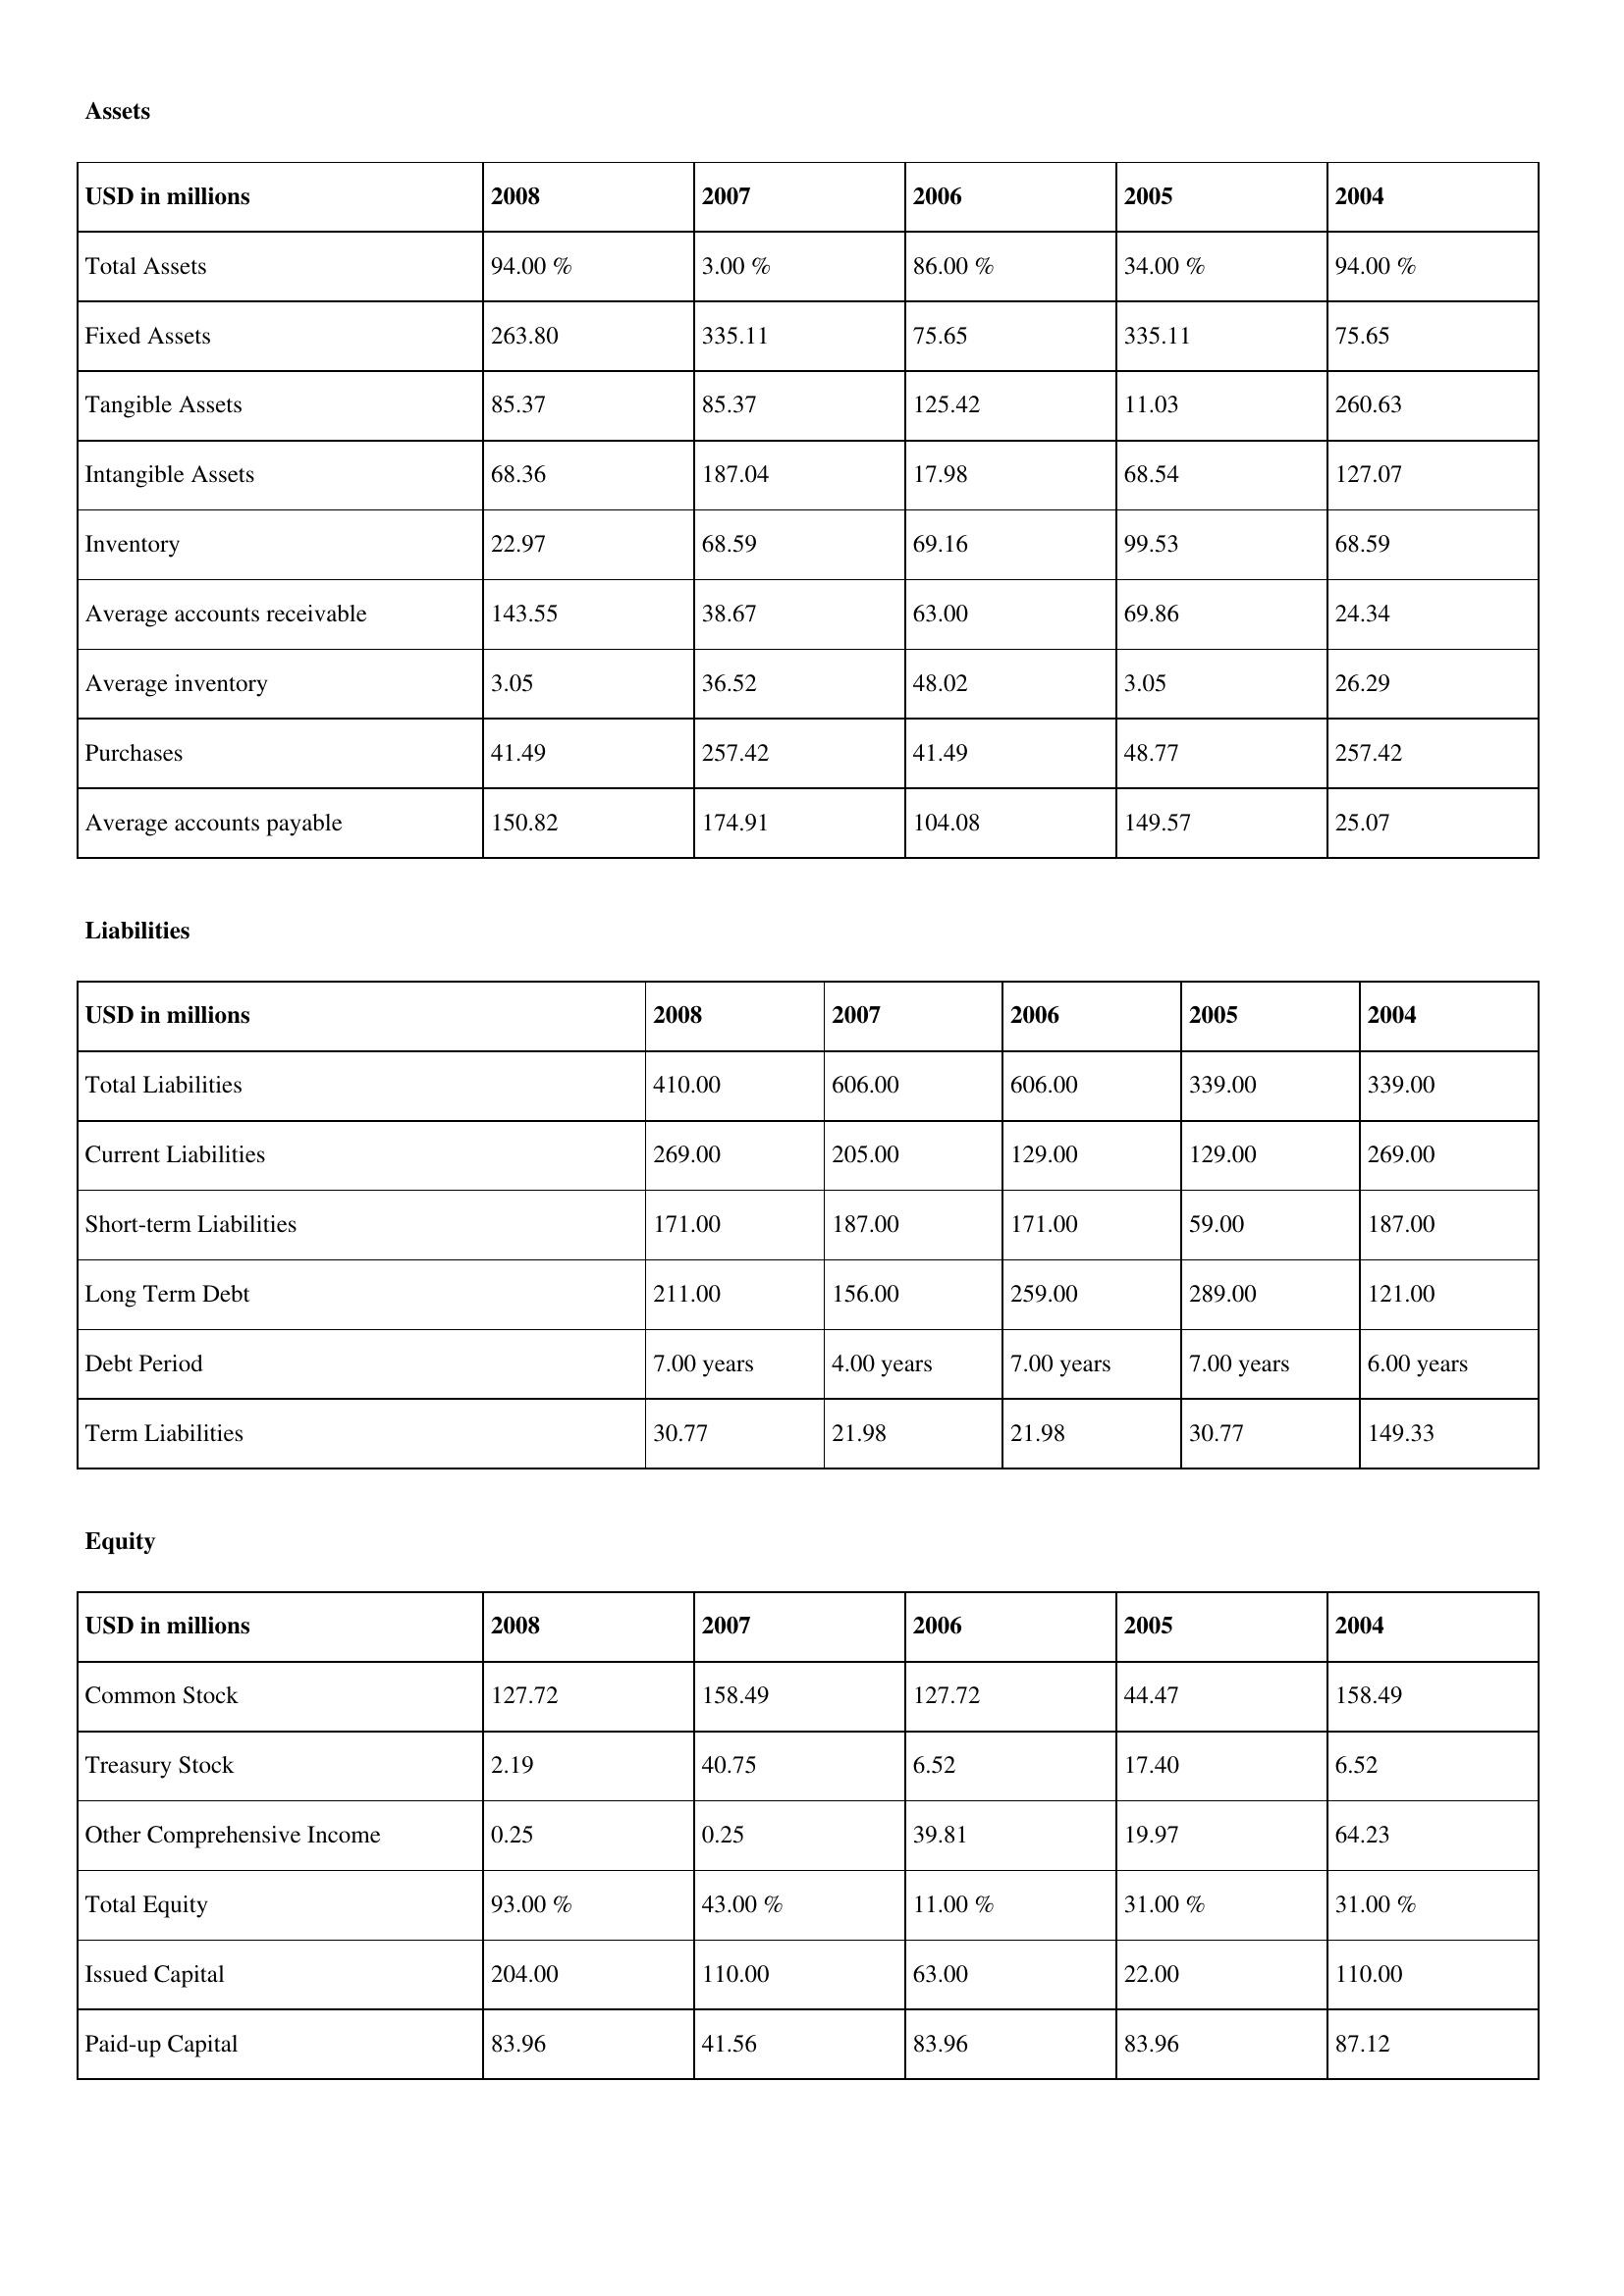
gt_parse: 2008: Assets: Total Assets: 94.00 %
Fixed Assets: 263.80
Tangible Assets: 85.37
Intangible Assets: 68.36
Inventory: 22.97
Average accounts receivable: 143.55
Average inventory: 3.05
Purchases: 41.49
Average accounts payable: 150.82
Liabilities: Total Liabilities: 410.00
Current Liabilities: 269.00
Short-term Liabilities: 171.00
Long Term Debt: 211.00
Debt Period: 7.00 years
Term Liabilities: 30.77
Equity: Common Stock: 127.72
Treasury Stock: 2.19
Other Comprehensive Income: 0.25
Total Equity: 93.00 %
Issued Capital: 204.00
Paid-up Capital: 83.96
2007: Assets: Total Assets: 3.00 %
Fixed Assets: 335.11
Tangible Assets: 85.37
Intangible Assets: 187.04
Inventory: 68.59
Average accounts receivable: 38.67
Average inventory: 36.52
Purchases: 257.42
Average accounts payable: 174.91
Liabilities: Total Liabilities: 606.00
Current Liabilities: 205.00
Short-term Liabilities: 187.00
Long Term Debt: 156.00
Debt Period: 4.00 years
Term Liabilities: 21.98
Equity: Common Stock: 158.49
Treasury Stock: 40.75
Other Comprehensive Income: 0.25
Total Equity: 43.00 %
Issued Capital: 110.00
Paid-up Capital: 41.56
2006: Assets: Total Assets: 86.00 %
Fixed Assets: 75.65
Tangible Assets: 125.42
Intangible Assets: 17.98
Inventory: 69.16
Average accounts receivable: 63.00
Average inventory: 48.02
Purchases: 41.49
Average accounts payable: 104.08
Liabilities: Total Liabilities: 606.00
Current Liabilities: 129.00
Short-term Liabilities: 171.00
Long Term Debt: 259.00
Debt Period: 7.00 years
Term Liabilities: 21.98
Equity: Common Stock: 127.72
Treasury Stock: 6.52
Other Comprehensive Income: 39.81
Total Equity: 11.00 %
Issued Capital: 63.00
Paid-up Capital: 83.96
2005: Assets: Total Assets: 34.00 %
Fixed Assets: 335.11
Tangible Assets: 11.03
Intangible Assets: 68.54
Inventory: 99.53
Average accounts receivable: 69.86
Average inventory: 3.05
Purchases: 48.77
Average accounts payable: 149.57
Liabilities: Total Liabilities: 339.00
Current Liabilities: 129.00
Short-term Liabilities: 59.00
Long Term Debt: 289.00
Debt Period: 7.00 years
Term Liabilities: 30.77
Equity: Common Stock: 44.47
Treasury Stock: 17.40
Other Comprehensive Income: 19.97
Total Equity: 31.00 %
Issued Capital: 22.00
Paid-up Capital: 83.96
2004: Assets: Total Assets: 94.00 %
Fixed Assets: 75.65
Tangible Assets: 260.63
Intangible Assets: 127.07
Inventory: 68.59
Average accounts receivable: 24.34
Average inventory: 26.29
Purchases: 257.42
Average accounts payable: 25.07
Liabilities: Total Liabilities: 339.00
Current Liabilities: 269.00
Short-term Liabilities: 187.00
Long Term Debt: 121.00
Debt Period: 6.00 years
Term Liabilities: 149.33
Equity: Common Stock: 158.49
Treasury Stock: 6.52
Other Comprehensive Income: 64.23
Total Equity: 31.00 %
Issued Capital: 110.00
Paid-up Capital: 87.12